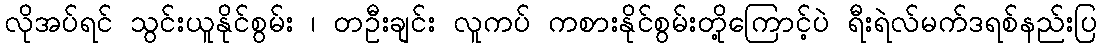
လိုအပ်ရင် သွင်းယူနိုင်စွမ်း ၊ တဦးချင်း လူကပ် ကစားနိုင်စွမ်းတို့ကြောင့်ပဲ ရီးရဲလ်မက်ဒရစ်နည်းပြ